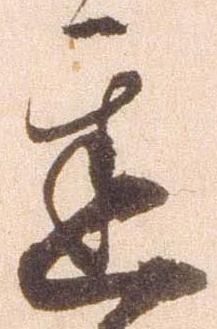
遅